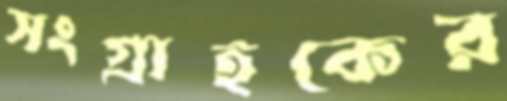
সংগ্রাহকের